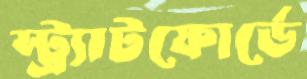
স্ট্র্যাটফোর্ডে